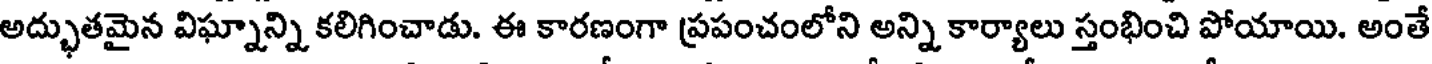
అద్భుతమైన విఘ్నాన్ని కలిగించాడు. ఈ కారణంగా ప్రపంచంలోని అన్ని కార్యాలు స్తంభించి పోయాయి. అంతే